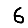
Digit: 6